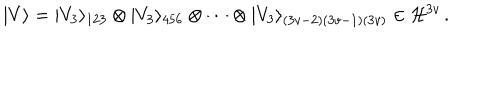
LaTeX: | V \rangle = | V _ { 3 } \rangle _ { 1 2 3 } \otimes | V _ { 3 } \rangle _ { 4 5 6 } \otimes \cdots \otimes | V _ { 3 } \rangle _ { ( 3 v - 2 ) ( 3 v - 1 ) ( 3 v ) } \in { \cal H } ^ { 3 v } \, .